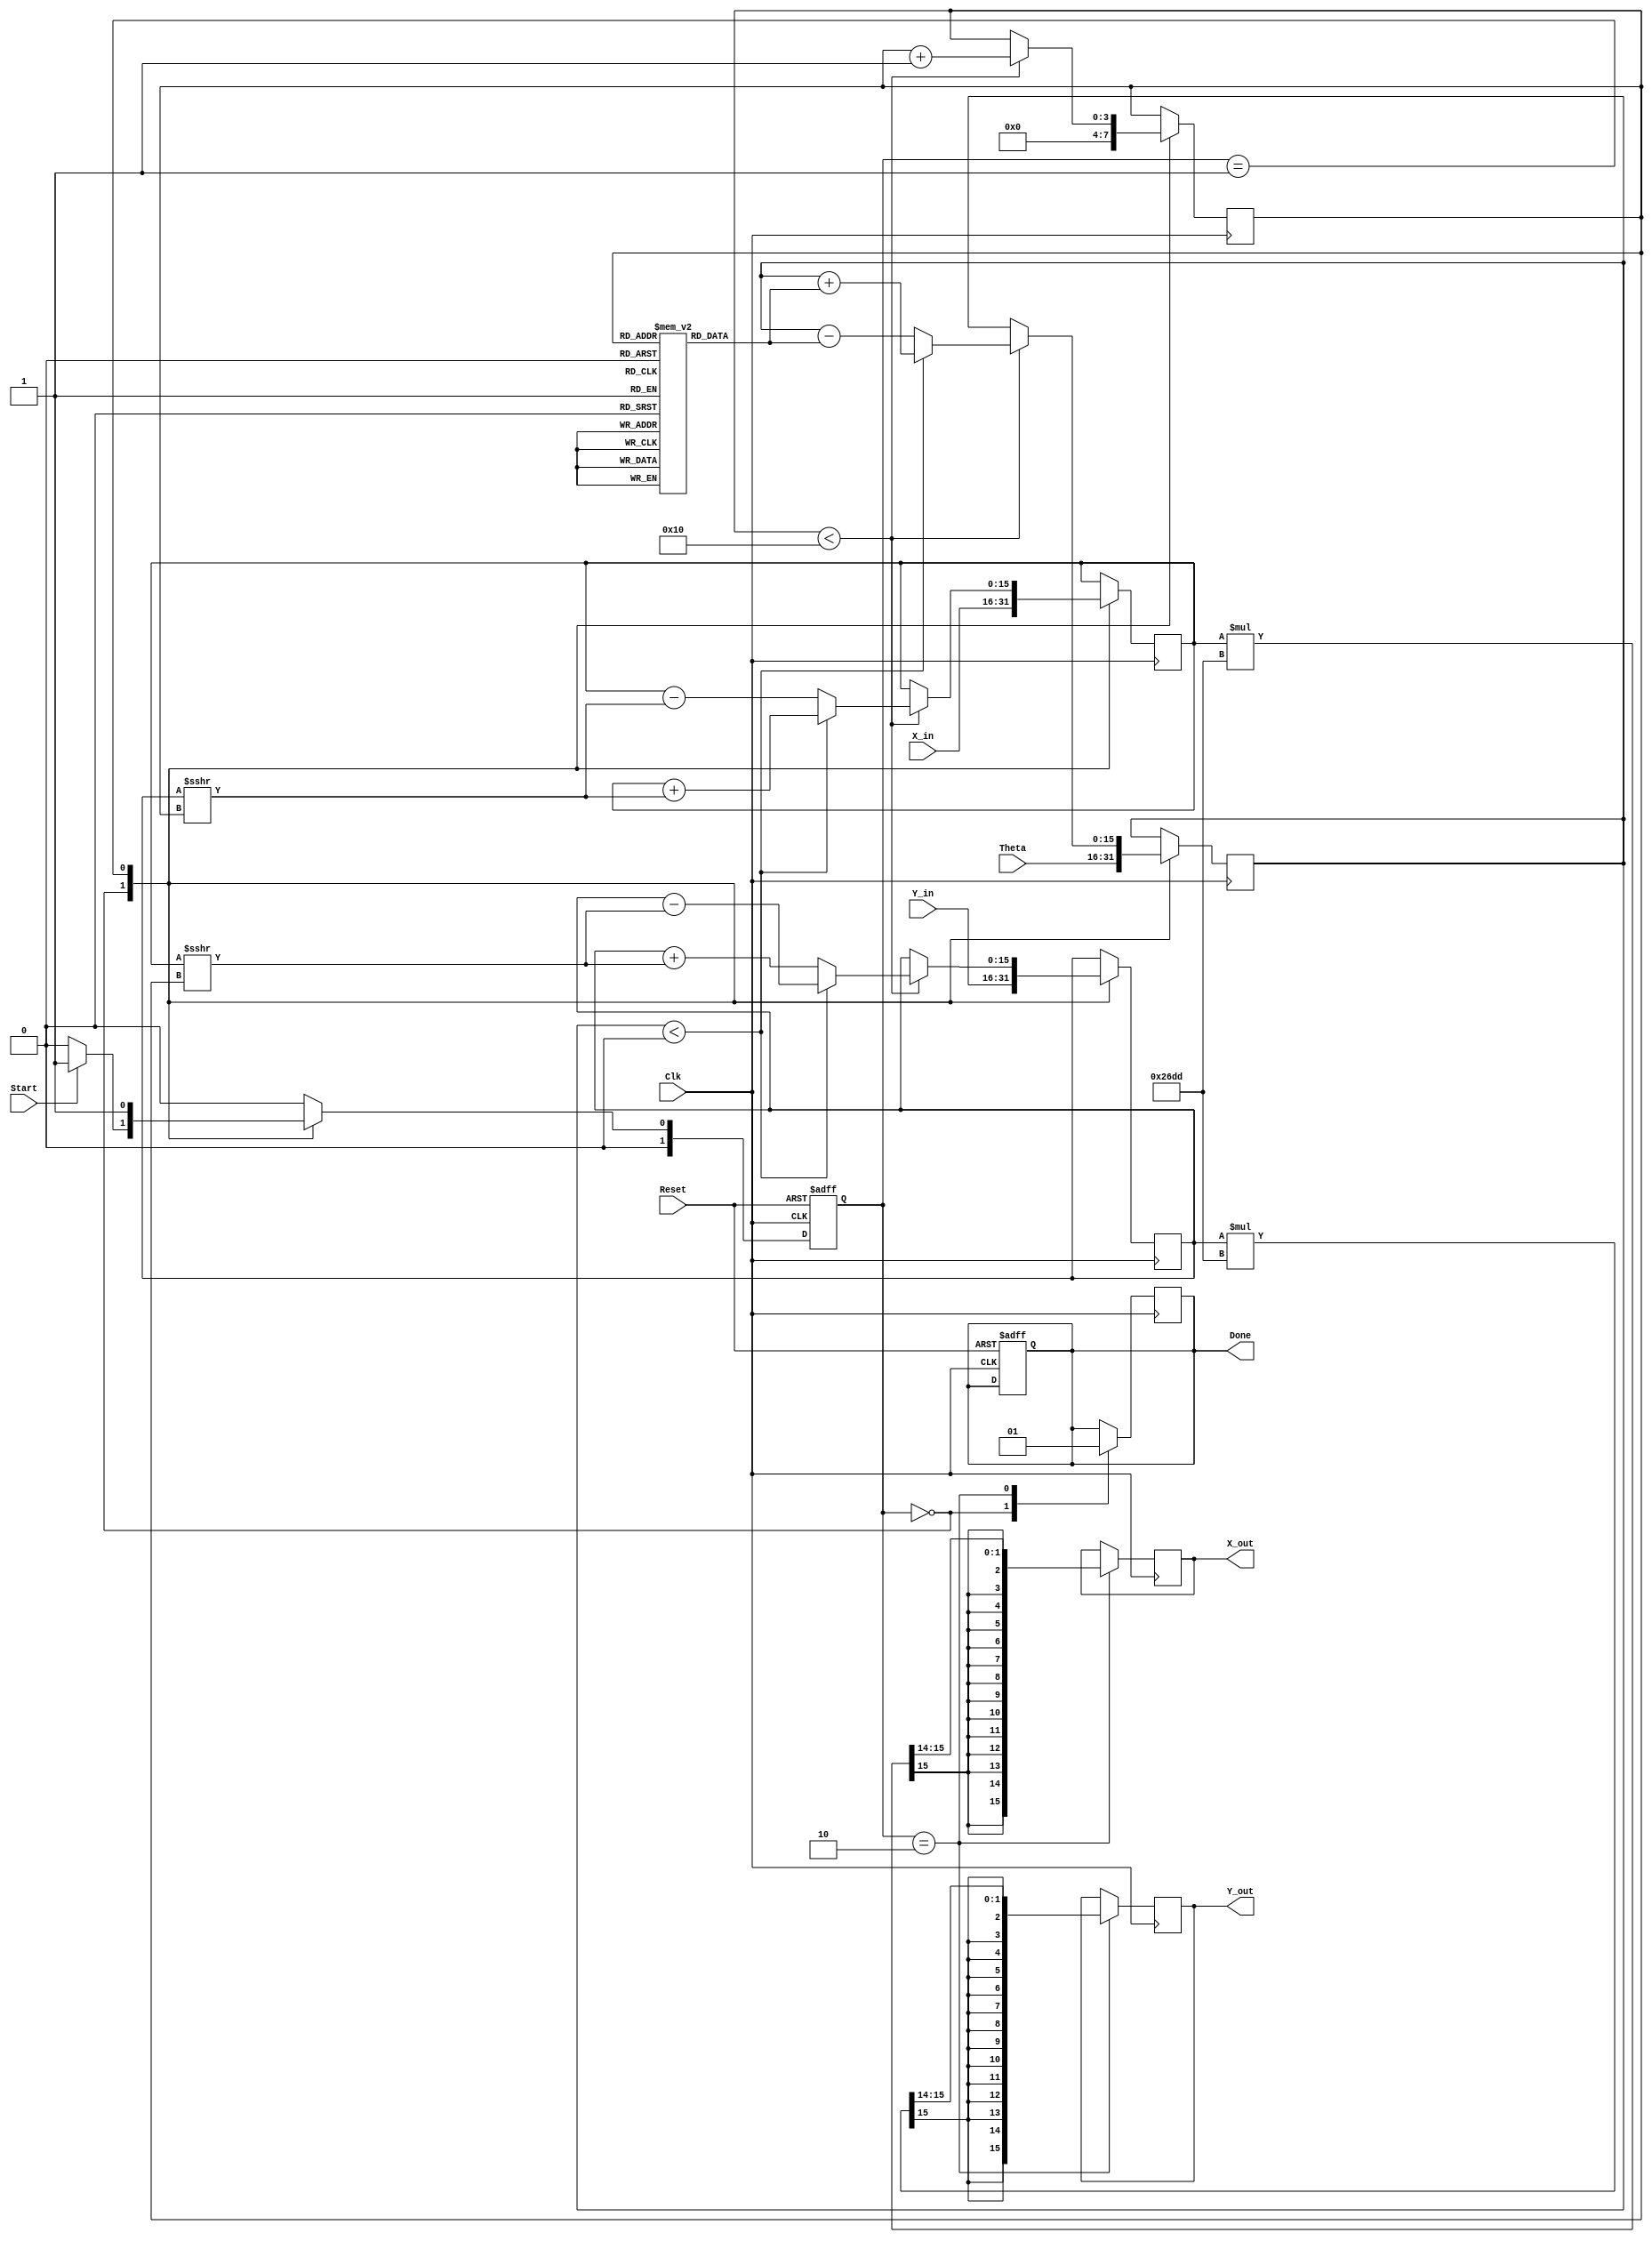
module CORDIC_2D (
    input wire signed [15:0] X_in,      // Input x-coordinate
    input wire signed [15:0] Y_in,      // Input y-coordinate
    input wire signed [15:0] Theta,      // Input angle in radians
    input wire Start,                    // Start signal
    input wire Clk,                      // Clock signal
    input wire Reset,                    // Asynchronous reset
    output reg signed [15:0] X_out,      // Output x-coordinate
    output reg signed [15:0] Y_out,      // Output y-coordinate
    output reg Done                      // Completion signal
);

    // Internal Registers
    reg signed [15:0] X_reg, Y_reg;      // Registers for x and y
    reg signed [15:0] Theta_reg;          // Register for angle
    reg [3:0] Iteration_count;            // Iteration counter
    reg [1:0] State;                      // FSM state
    reg [1:0] Next_State;                 // Next state for FSM

    // CORDIC Gain (approximation for 16 iterations)
    parameter signed [15:0] K = 16'h26DD; // Gain factor

    // Precomputed arctangent values (in fixed-point format)
    reg signed [15:0] atan_table [0:15];
    
    initial begin
        // Initialize atan_table with precomputed values
        atan_table[0]  = 16'h2000; // atan(1) = /4
        atan_table[1]  = 16'h1333; // atan(0.5) = /6
        atan_table[2]  = 16'h0A3D; // atan(0.25) = /12
        atan_table[3]  = 16'h0529; // atan(0.125) = /24
        // Continue filling the table for more iterations...
        // ...
    end

    // State encoding
    localparam IDLE = 2'b00,
               COMPUTE = 2'b01,
               DONE = 2'b10;

    // State Machine
    always @(posedge Clk or posedge Reset) begin
        if (Reset) begin
            State <= IDLE;
            Done <= 0;
        end else begin
            State <= Next_State;
        end
    end

    // Next state logic
    always @(*) begin
        case (State)
            IDLE: if (Start) Next_State = COMPUTE; else Next_State = IDLE;
            COMPUTE: if (Iteration_count == 16) Next_State = DONE; else Next_State = COMPUTE;
            DONE: Next_State = IDLE;
            default: Next_State = IDLE;
        endcase
    end

    // CORDIC computation
    always @(posedge Clk) begin
        case (State)
            IDLE: begin
                X_reg <= X_in;
                Y_reg <= Y_in;
                Theta_reg <= Theta;
                Iteration_count <= 0;
                Done <= 0;
            end
            COMPUTE: begin
                if (Iteration_count < 16) begin
                    // Determine rotation direction
                    if (Theta_reg < 0) begin
                        X_reg <= X_reg + (Y_reg >>> Iteration_count);
                        Y_reg <= Y_reg - (X_reg >>> Iteration_count);
                        Theta_reg <= Theta_reg + atan_table[Iteration_count];
                    end else begin
                        X_reg <= X_reg - (Y_reg >>> Iteration_count);
                        Y_reg <= Y_reg + (X_reg >>> Iteration_count);
                        Theta_reg <= Theta_reg - atan_table[Iteration_count];
                    end
                    Iteration_count <= Iteration_count + 1;
                end
            end
            DONE: begin
                X_out <= X_reg * K >>> 14; // Apply gain factor and scale
                Y_out <= Y_reg * K >>> 14; // Apply gain factor and scale
                Done <= 1;
            end
        endcase
    end

endmodule